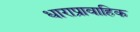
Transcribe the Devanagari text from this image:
धाराप्रावाहिक